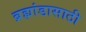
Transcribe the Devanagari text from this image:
ब्रह्मांडासाठी